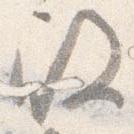
殿